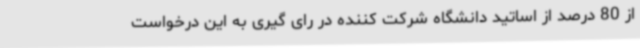
از 80 درصد از اساتید دانشگاه شرکت کننده در رای گیری به این درخواست